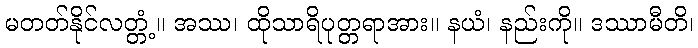
မတတ်နိုင်လတ္တံ့။ အဿ၊ ထိုသာရိပုတ္တရာအား။ နယံ၊ နည်းကို။ ဒဿာမီတိ၊